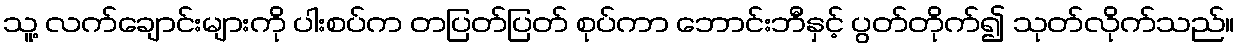
သူ့ လက်ချောင်းများကို ပါးစပ်က တပြတ်ပြတ် စုပ်ကာ ဘောင်းဘီနှင့် ပွတ်တိုက်၍ သုတ်လိုက်သည်။